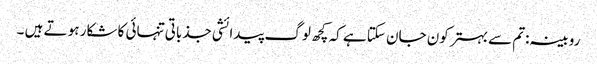
روبینہ:تم سے بہتر کون جان سکتا ہے کہ کچھ لوگ پیدائشی جذباتی تنہائی کا شکار ہو تے ہیں ۔